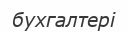
бухгалтері